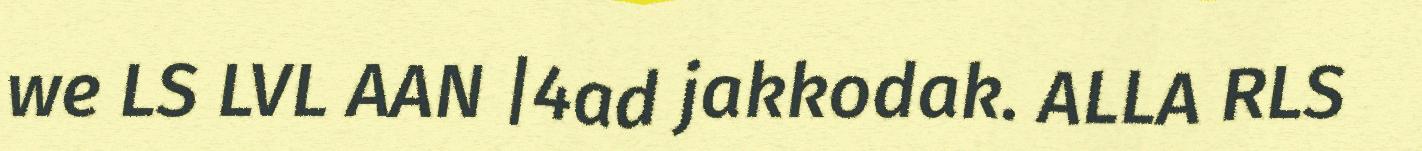
we LS LVL AAN |4ad jakkodak. ALLA RLS